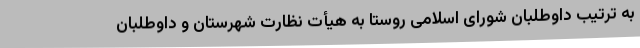
به ترتیب داوطلبان شورای اسلامی روستا به هیأت نظارت شهرستان و داوطلبان